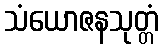
သံယောဇနသုတ္တံ